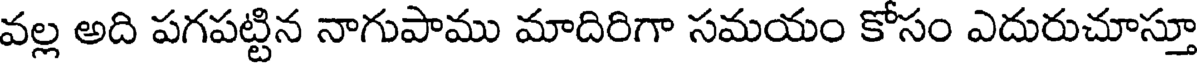
వల్ల అది పగపట్టిన నాగుపాము మాదిరిగా సమయం కోసం ఎదురుచూస్తూ